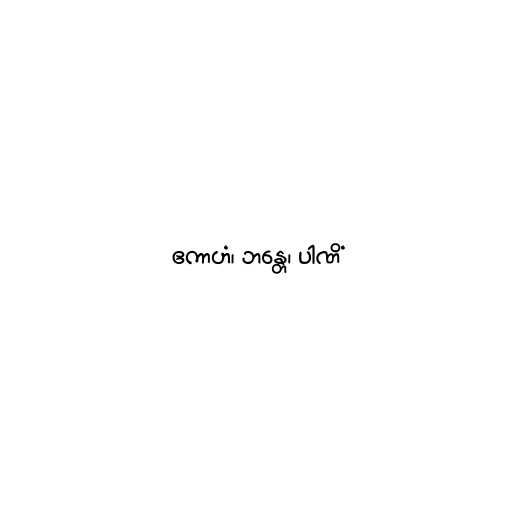
ဧကာဟံ၊ ဘန္တေ၊ ပါဏိံ